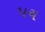
પચ